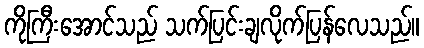
ကိုကြီးအောင်သည် သက်ပြင်းချလိုက်ပြန်လေသည်။